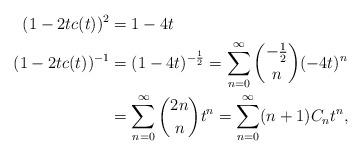
LaTeX: \begin{align*} (1-2tc(t))^2 &= 1-4t \\(1-2tc(t))^{-1} &= (1-4t)^{-\frac{1}{2}} = \sum_{n=0}^\infty \binom{-\frac{1}{2}}{n}(-4t)^n \\&= \sum_{n=0}^{\infty}\binom{2n}{n}t^n = \sum_{n=0}^\infty (n+1)C_nt^n,\end{align*}